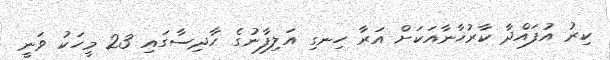
ކިރު އުފައްދާ ކާރުޚާނާއަކަށް އަރާ ހިނގި އަލިފާނުގެ ހާދިސާގައި 23 މީހަކު ވަނީ